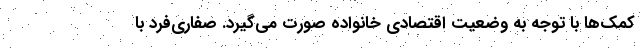
کمک‌ها با توجه به وضعیت اقتصادی خانواده صورت می‌گیرد. صفاری‌فرد با